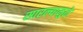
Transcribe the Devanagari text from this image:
सारल्यामुळे